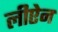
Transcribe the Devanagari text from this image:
लीऐन